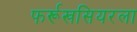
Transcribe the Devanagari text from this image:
फर्रूखसियरला